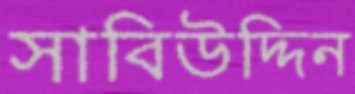
সাবিউদ্দিন